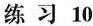
练 习 10